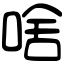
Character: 啥